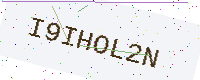
Text: I9IHOL2N